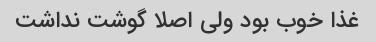
غذا خوب بود ولی اصلا گوشت نداشت